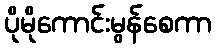
ပိုမိုကောင်းမွန်စေကာ